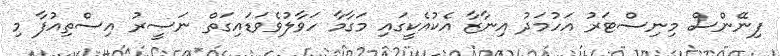
ފިނޭންސް މިނިސްޓަރު އަހުމަދު އިނާޒާ އެކުއެކީގައި މަގާމާ ހަވާލުވެވަޑައިގަތް ނަސީރު އިސްތިއުފާ މި